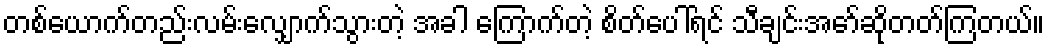
တစ်ယောက်တည်းလမ်းလျှောက်သွားတဲ့ အခါ ကြောက်တဲ့ စိတ်ပေါ်ရင် သီချင်းအော်ဆိုတတ်ကြတယ်။